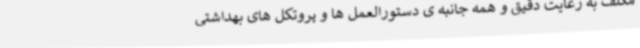
مکلف به رعایت دقیق و همه جانبه ی دستورالعمل ها و پروتکل های بهداشتی